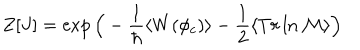
LaTeX: Z [ J ] = \exp \Big ( - \frac { 1 } { \hbar } \langle W ( \phi _ { c } ) \rangle - \frac { 1 } { 2 } \langle T r \ln { \cal M } \rangle \Big )